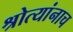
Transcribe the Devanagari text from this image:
श्रोत्यांनाच